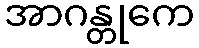
အာဂန္တုကေ